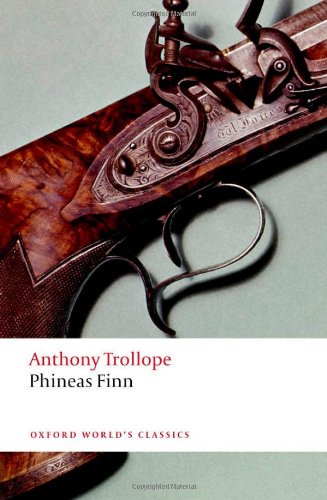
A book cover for Phineas Finn (Oxford World's Classics); Anthony Trollope; Literature & Fiction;